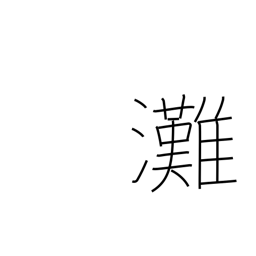
Meaning: open sea